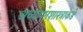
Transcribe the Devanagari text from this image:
अध्यापनशास्त्राकडे